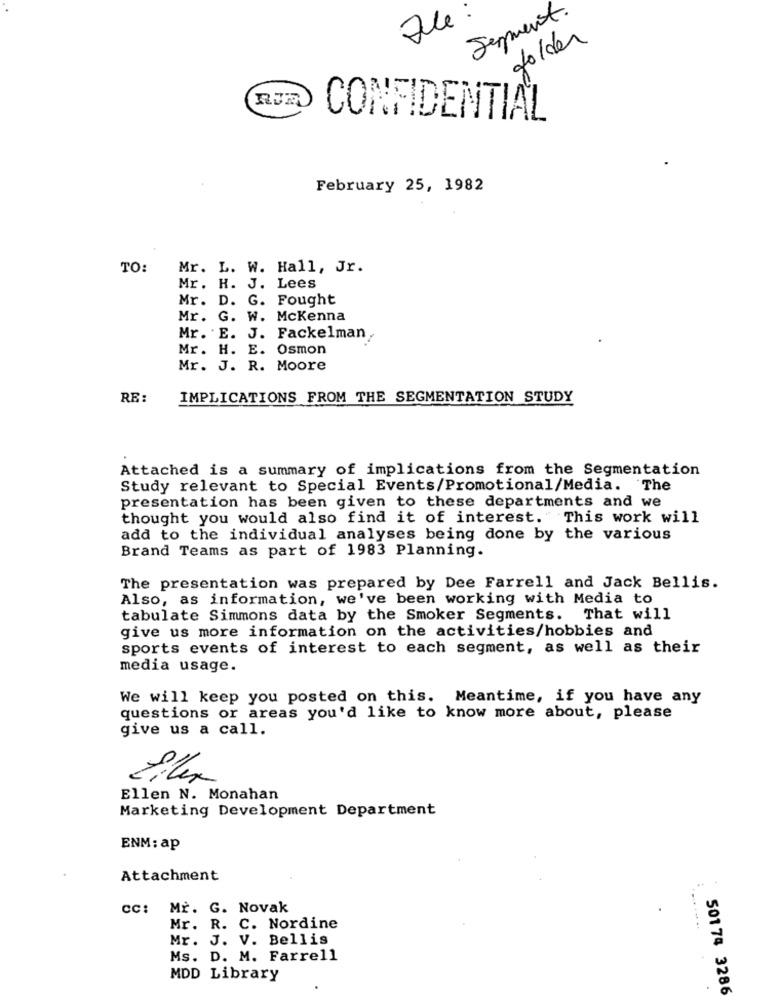
Serment
folder
CONFIDENTIAL
February 25, 1982
TO:
Mr. L. W. Hall, Jr.
Mr. H. J. Lees
Mr. D. G. Fought
Mr. G. W. Mckenna
Mr. E. J. Fackelman,
Mr. H. E. Osmon
Mr. J. R. Moore
RE:
IMPLICATIONS FROM THE SEGMENTATION STUDY
Attached is a summary of implications from the Segmentation
Study relevant to Special Events/Promotional/Media. The
presentation has been given to these departments and we
thought you would also find it of interest. This work will
add to the individual analyses being done by the various
Brand Teams as part of 1983 Planning.
The presentation was prepared by Dee Farrell and Jack Bellis.
Also, as information, we've been working with Media to
tabulate Simmons data by the Smoker Segments. That will
give us more information on the activities/hobbies and
sports events of interest to each segment, as well as their
media usage.
We will keep you posted on this. Meantime, if you have any
questions or areas you'd like to know more about, please
give us a call.
Ellen N. Monahan
Marketing Development Department
ENM: ap
Attachment
CC:
Mr. G. Novak
Mr. R. C. Nordine
... .....
Mr. J. V. Bellis
Ms. D. M. Farrell
MDD Library
501 74 3286